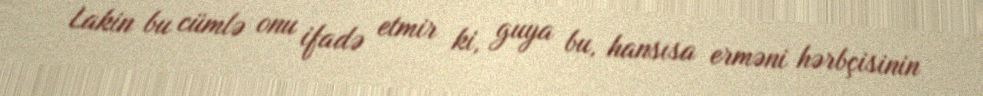
Lakin bu cümlə onu ifadə etmir ki, guya bu, hansısa erməni hərbçisinin